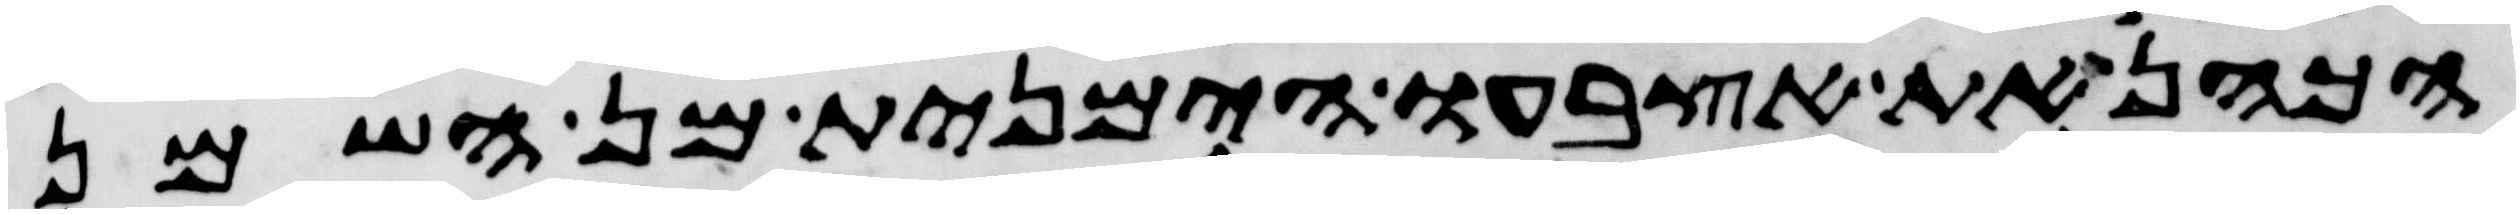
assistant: הכהן את אצבעו הימנית מן השמן